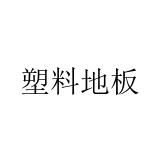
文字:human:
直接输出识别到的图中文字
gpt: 塑料地板